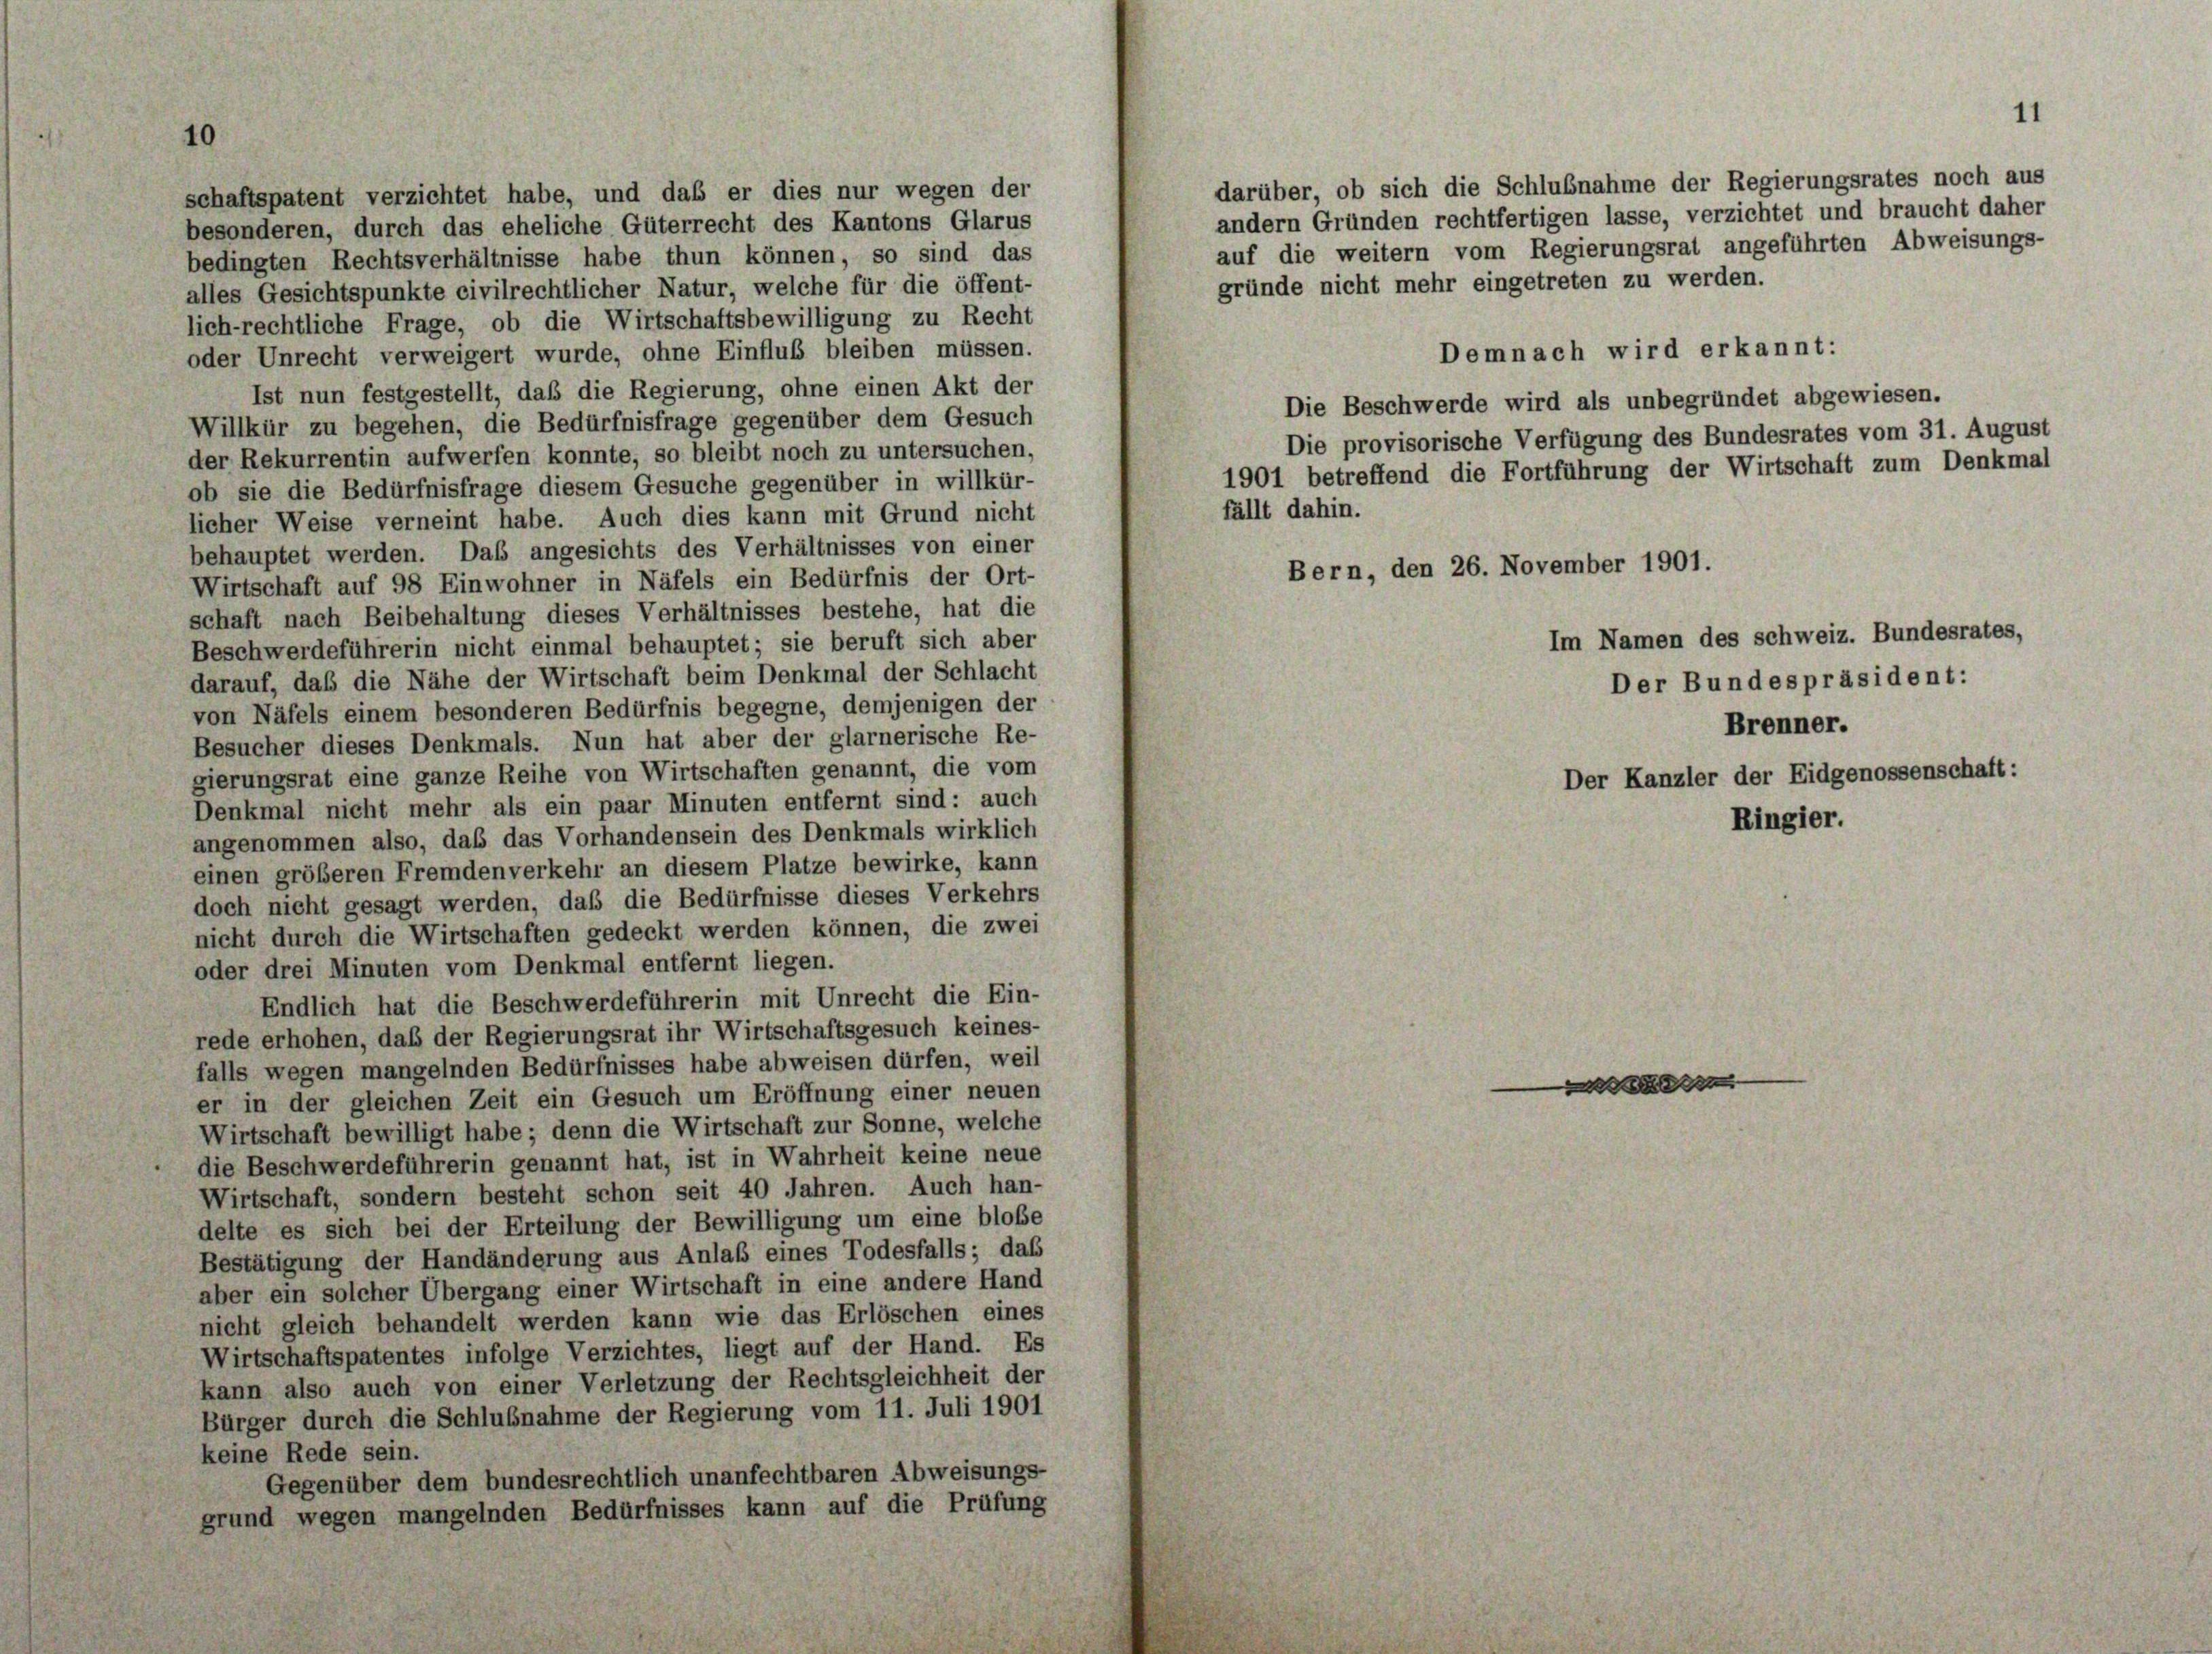
1.

schaftspatent verzichtet habe, und daß er dies nur wegen der
besonderen, durch das eheliche Güterrecht des Kantons Glarus
bedingten Rechtsverhältnisse habe thun können, so sind das
alles Gesichtspunkte civilrechtlicher Natur, welche für die öffent-

lich-rechtliche Frage, ob die Wirtschaftsbewilligung zu Recht
oder Unrecht verweigert wurde, ohne Einfluß bleiben müssen.
Ist nun festgestellt, daß die Regierung, ohne einen Akt der
Willkür zu begehen, die Bedürfnisfrage gegenüber dem Gesuch
der Rekurrentin aufwerfen konnte, so bleibt noch zu untersuchen,
ob sie die Bedürfnisfrage diesem Gesuche gegenüber in willkür-
licher Weise verneint habe. Auch dies kann mit Grund nicht
behauptet werden. Das angesichts des Verhältnisses von einer
Wirtschaft auf 98 Einwohner in Näfels ein Bedürfnis der Ort-
schaft nach Beibehaltung dieses Verhältnisses bestehe, hat die
Beschwerdeführerin nicht einmal behauptet; sie beruft sich aber
darauf, das die Nähe der Wirtschaft beim Denkmal der Schlacht
von Näfels einem besonderen Bedürfnis begegne, demjenigen der
Besucher dieses Denkmals. Nun hat aber der glarnerische Re-
gierungsrat eine ganze Reihe von Wirtschaften genannt, die vom
Denkmal nicht mehr als ein paar Minuten entfernt sind: auch
angenommen also, daß das Vorhandensein des Denkmals wirklich
einen größeren Fremdenverkehr an diesem Platze bewirke, kann
doch nicht gesagt werden, daß die Bedürfnisse dieses Verkehrs
nicht durch die Wirtschaften gedeckt werden können, die zwei
oder drei Minuten vom Denkmal entfernt liegen.
Endlich hat die Beschwerdeführerin mit Unrecht die Ein-
rede erhohen, daß der Regierungsrat ihr Wirtschaftsgesuch keines-
falls wegen mangelnden Bedürfnisses habe abweisen dürfen, weil
er in der gleichen Zeit ein Gesuch um Eröffnung einer neuen
Wirtschaft bewilligt habe; denn die Wirtschaft zur Sonne, welche
die Beschwerdeführerin genannt hat, ist in Wahrheit keine neue
Wirtschaft, sondern besteht schon seit 40 Jahren. Auch han-
delte es sich bei der Erteilung der Bewilligung um eine bloße
Bestätigung der Handänderung aus Anlaß eines Todesfalls; das
aber ein solcher Übergang einer Wirtschaft in eine andere Hand
nicht gleich behandelt werden kann wie das Erlöschen eines
Wirtschaftspatentes infolge Verzichtes, liegt auf der Hand. Es
kann also auch von einer Verletzung der Rechtsgleichheit der
Bürger durch die Schlußnahme der Regierung vom 11. Juli 1901
keine Rede sein.
Gegenüber dem bundesrechtlich unanfechtbaren Abweisungs-
grund wegen mangelnden Bedürfnisses kann auf die Prüfung

darüber, ob sich die Schlußnahme der Regierungsrates noch aus
andern Gründen rechtfertigen lasse, verzichtet und braucht daher
auf die weitern vom Regierungsrat angeführten Abweisungs-
gründe nicht mehr eingetreten zu werden.
Demnach wird erkannt:
Die Beschwerde wird als unbegründet abgewiesen.
Die provisorische Verfügung des Bundesrates vom 31. August
1901 betreffend die Fortführung der Wirtschaft zum Denkmal
Bern, den 26. November 1901.
Im Namen des schweiz. Bundesrates,
Der Bundespräsident:
Brenner.
Der Kanzler der Eidgenossenschaft:

fällt dahin.

e

Ringier.

11